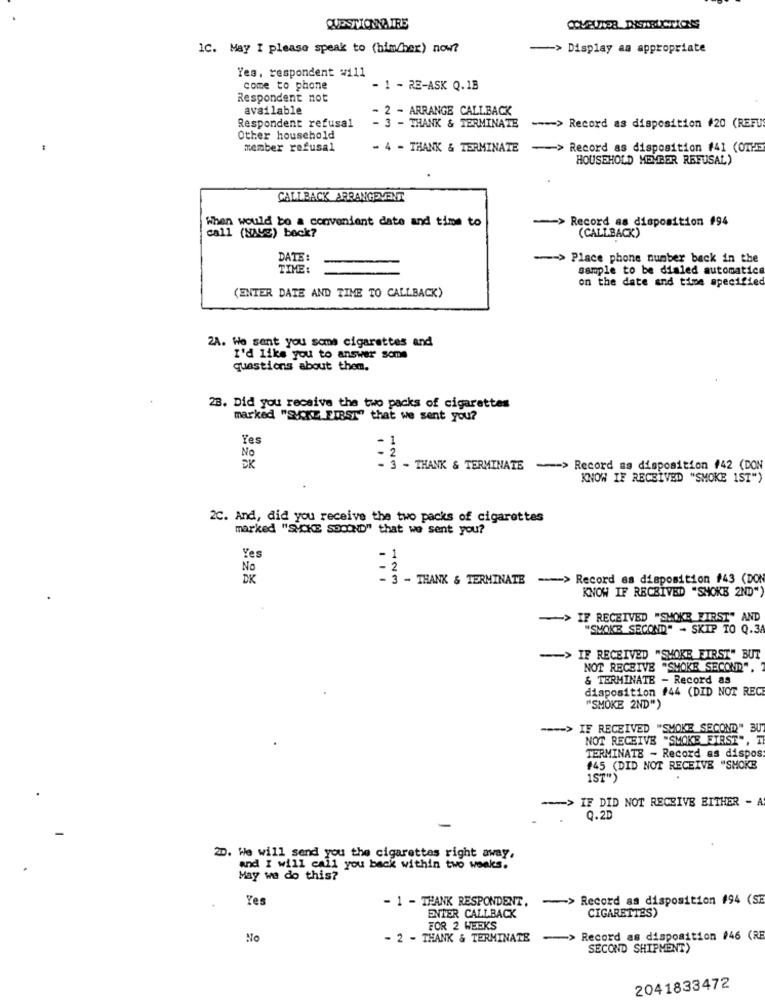
QUESTIONNAIRE
1C. May I please speak to (him/her) now?
-> Display aa appropriate
Yes. respondent #111
come to phone
- 1 - RE-ASK Q.1B
Respondent not
available
2 - ARRANGE CALLBACK
Respondent refusal
- 3 - THANK & TERMINATE
---- > Record as disposition #20 (REFU
Other household
member refusal
- 4 - THANK & TERMINATE
-> Record as disposition #41 (OTHE
HOUSEHOLD MEMBER REFUSAL)
CALLBACK ARRANGEMENT
When would be a convenient date and time to
-> Record as disposition #94
call (NAVe) beck?
(CALLBACK)
DATE
--- > Place phone number back in the
TIME:
sample to be dialed automatica
on the date and time specified
(ENTER DATE AND TIME TO CALLBACK)
2A. We sent you some cigarettes and
I'd Like you to answer some
questions about them.
28. Did you receive the two packs of cigarettes
marked "SyCKE FIRST" that we sent you?
Yes
No
DK
- THANK & TERMINATE
-> Record as disposition #42 (DON
KNOW IF RECEIVED "SMOKE 1ST")
2C. And, did you receive the two packs of cigarettes
marked "SMCKE SPOOND" that we sent you?
Yes
No
DK
3 - THANK & TERMINATE -> Record as disposition #43 (DON
...
KNOW IF RECEIVED "SHOKE 2ND")
-> IF RECEIVED "SMOKE FIRST" AND
"SMOKE SECOND" - SKIP TO Q.3A
-- > IF RECEIVED "SMOKE FIRST" BUT
NOT RECEIVE "SMOKE SECOND".
& TERMINATE - Record as
disposition #44 (DID NOT RECE
""SMOKE 2ND")
---- > IF RECEIVED "SMOKE SECOND" BU
NOT RECEIVE "SMOKE_FIRST", T
TERMINATE - Record as dispos
#45 (DID NOT RECEIVE "SMOKE
1ST")
-- > IF DID NOT RECEIVE EITHER - A
9.2D
2D. We will send you the cigarettes right away,
and I will call you back within two weeks.
May we do this?
Yes
- 1 - THANK RESPONDENT,
-> Record as disposition #94 (SE
ENTER CALLBACK
CIGARETTES)
FOR 2 WEEKS
No
- 2 - THANK & TERMINATE
-
Record as disposition #46 (RE
SECOND SHIPMENT)
2041833472